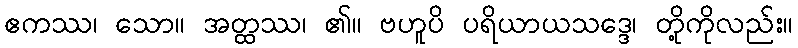
ဧကဿ၊ သော။ အတ္ထဿ၊ ၏။ ဗဟူပိ ပရိယာယသဒ္ဒေ၊ တို့ကိုလည်း။